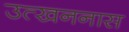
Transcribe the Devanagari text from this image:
उत्खननास